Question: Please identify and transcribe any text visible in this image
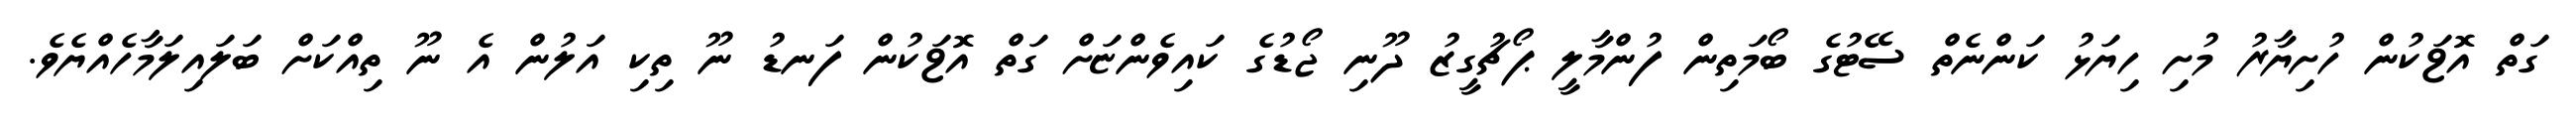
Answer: ގަތް އޮޱަކުން ހުށިޔާރު މުށި ހިޔަޅު ކަންނެތް ސޭޓުގެ ބޯމަތިން ފުންމާލީ ޕޯޗުގީޒު ދޫނި ޖޯޑުގެ ކައިވެންޏަށް ގަތް އޮޱަކުން ފަނޑު ނޫ ތިކި އަލުން އެ ނޫ ތިއްކަށް ބަލައިލަމާހެއްޔެވެ.